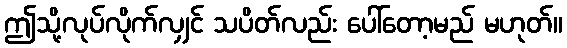
ဤသို့လုပ်လိုက်လျှင် သပိတ်လည်း ပေါ်တော့မည် မဟုတ်။